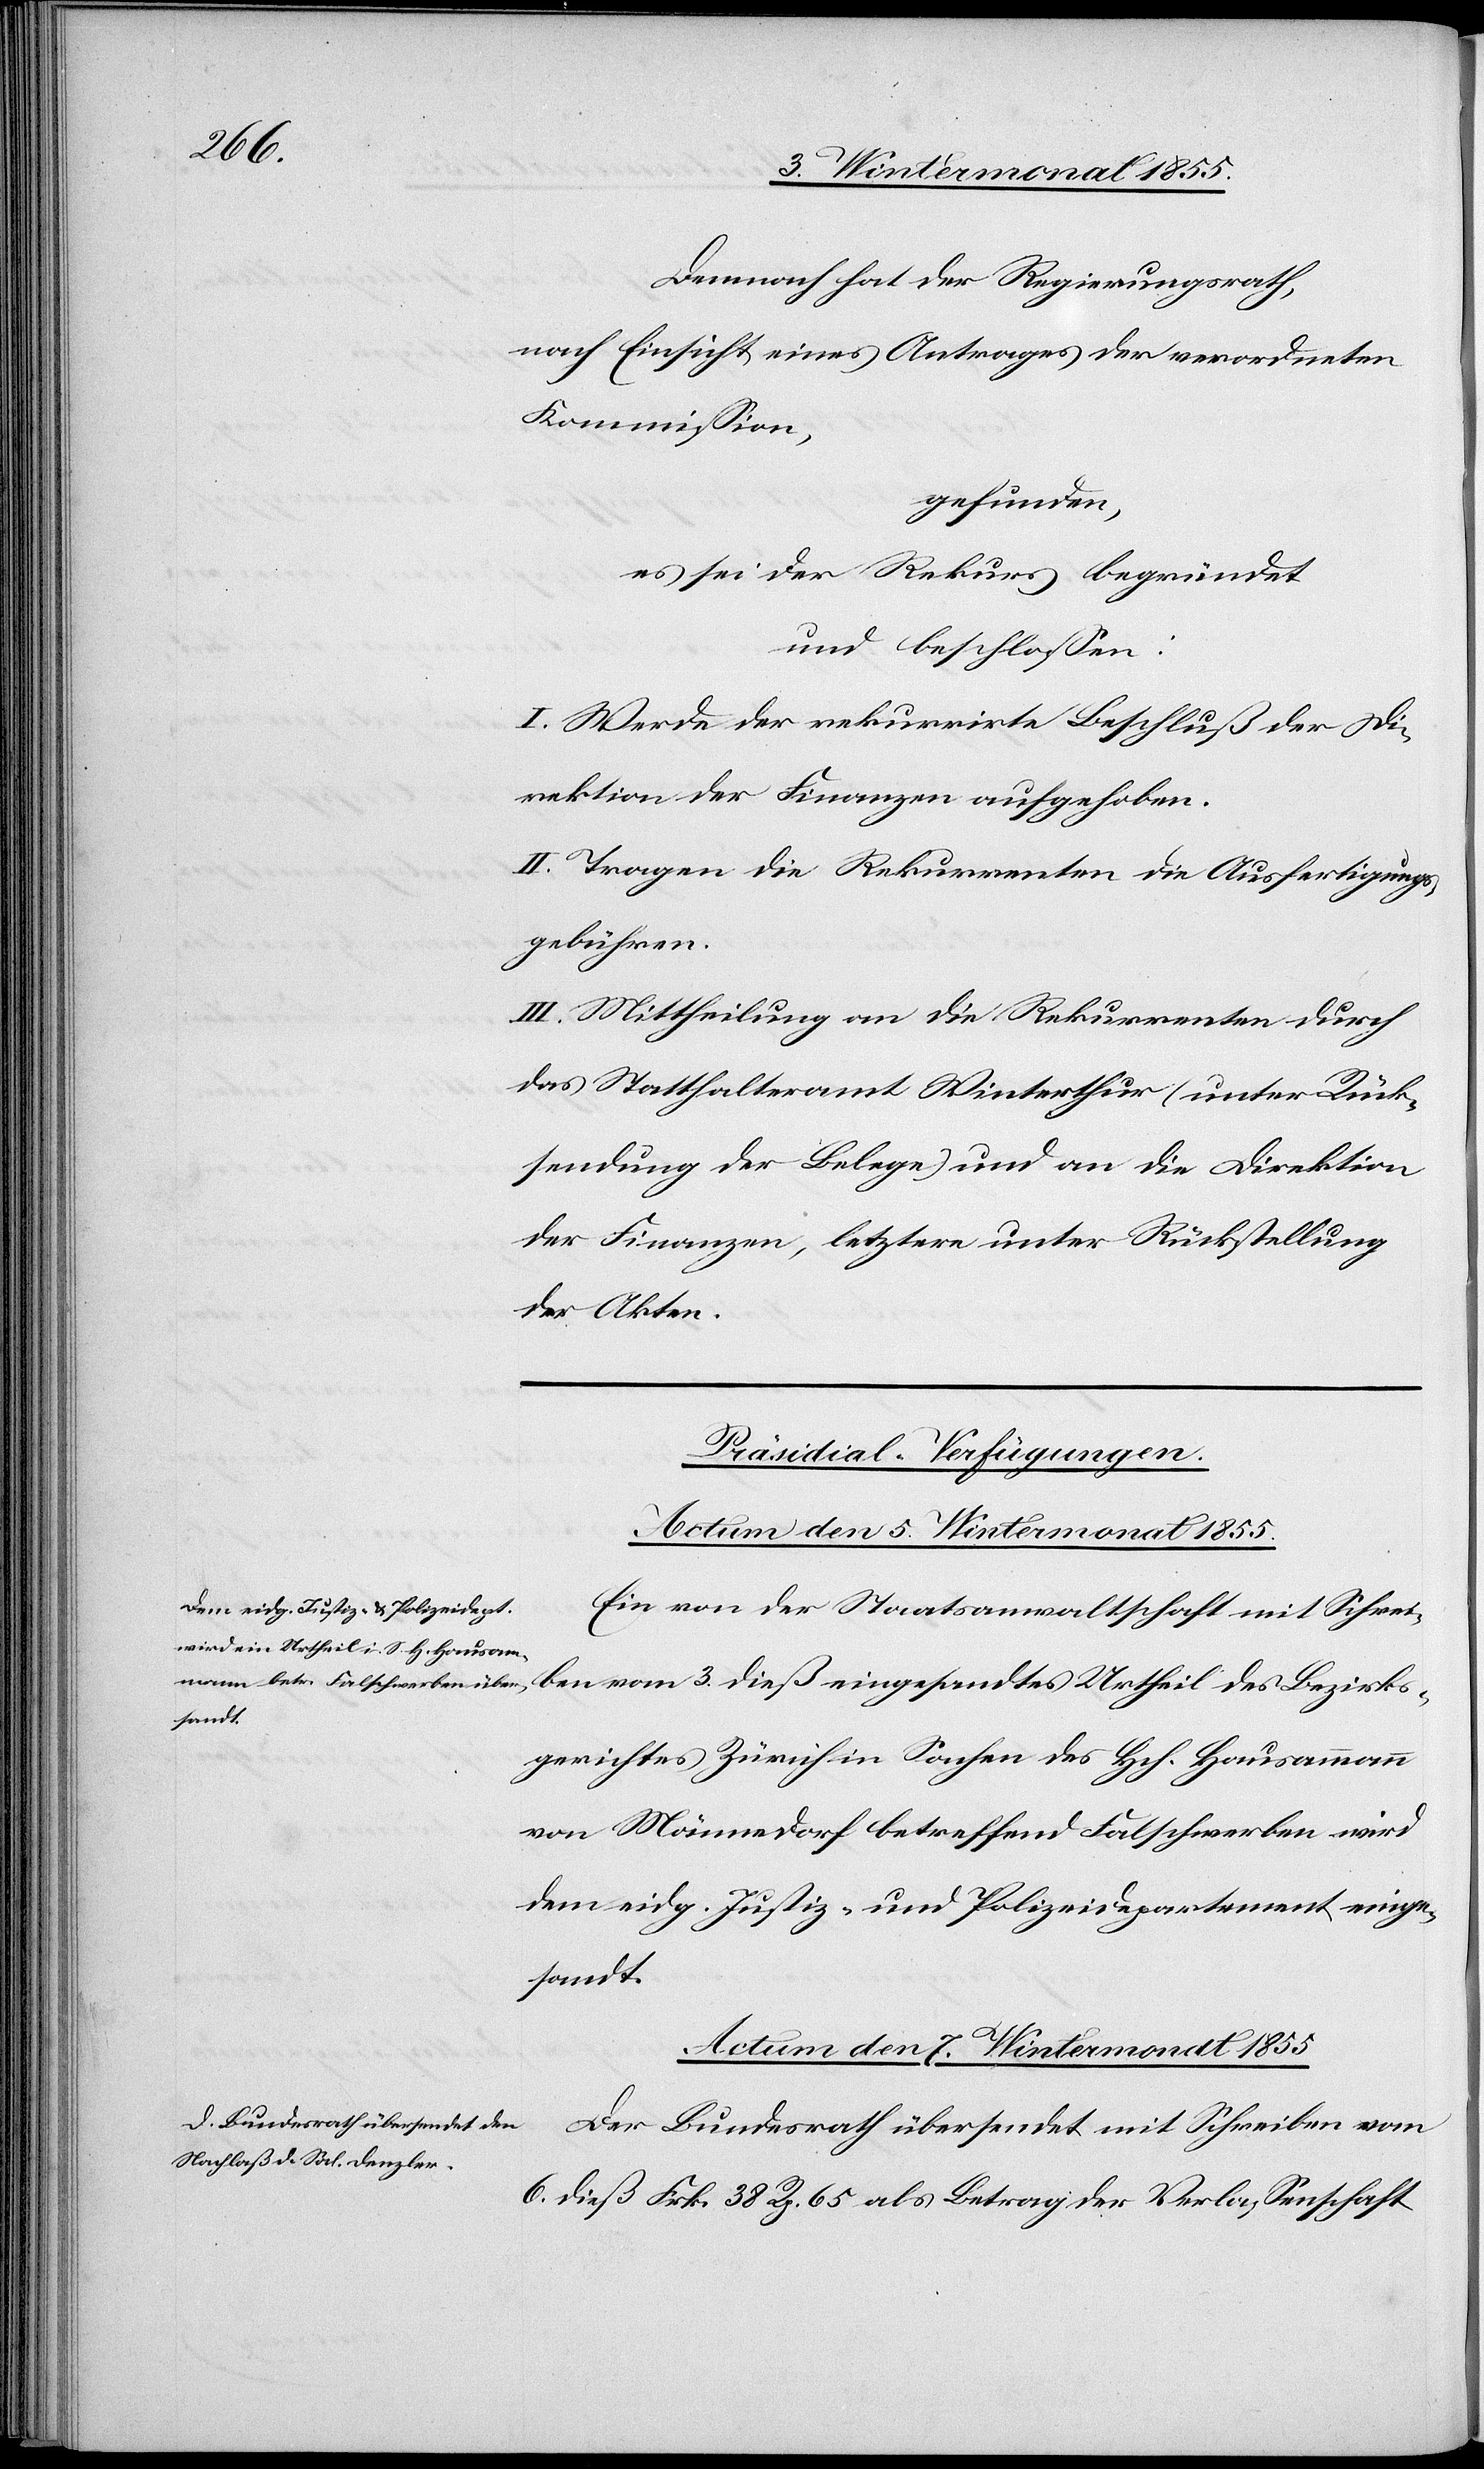
Bezirks¬

Demnach hat der Regierungsrath,
nach Einsicht eines Antrages der verordneten
Kommission,
gefunden,
es sei der Rekurs begründet
und beschlossen:
I. Werde der rekurrirte Beschluß der Di¬
rektion der Finanzen aufgehoben.
II. Tragen die Rekurrenten die Ausfertigungs¬
gebühren.
III. Mittheilung an die Rekurrenten durch
das Statthalteramt Winterthur (unter Rück¬
sendung der Belege) und an die Direktion
der Finanzen, letztere unter Rückstellung
der Akten.
[Präsidial-Verfügungen.]
Ein von der Staatsanwaltschaft mit Schrei¬
gerichtes Zürich in Sachen des Hch. Hausammann
von Männedorf betreffend Falschwerben wird
dem eidg. Justiz- und Polizeidepartement einge¬
sandt.
Actum den 7. Wintermonat 1855.
Der Bundesrath übersendet mit Schreiben vom
6. dieß Frk. 38 Rp. 65 als Betrag der Verlassenschaft